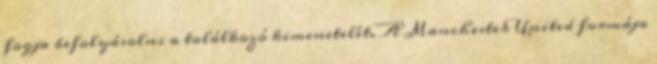
fogja befolyásolni a találkozó kimenetelét. A Manchester United formája